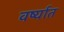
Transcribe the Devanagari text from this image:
वर्ष्यात